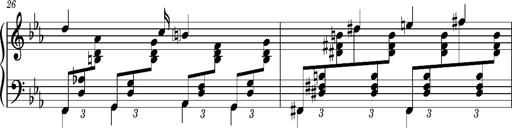
Title: PrÃ©ludes et Harmonies poÃ©tiques et religieuses
Composer: Franz Liszt